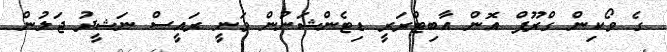
ގެ ވޯކިން ގްރޫޕް އޮން އާބިޓްރަރީ ޑިޓެންޝަނުން ވަނީ ރައީސް ނަޝީދު ޖަލުން